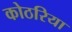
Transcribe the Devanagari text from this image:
कोठरिया